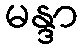
မန္ဒာ